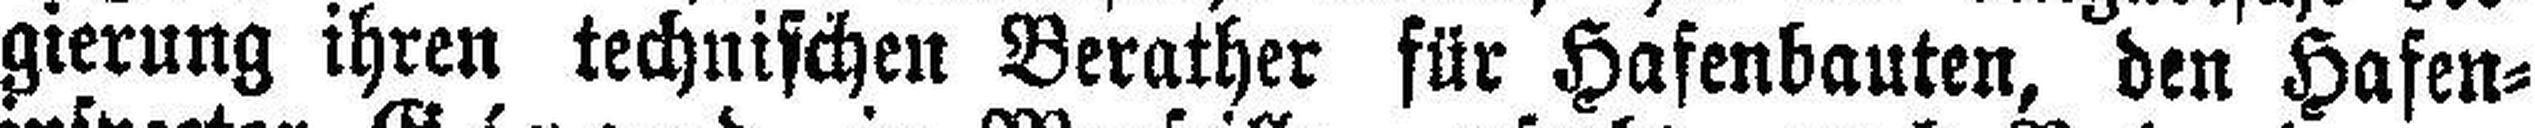
gierung ihren technischen Berather für Hafenbauten, den Hafen¬